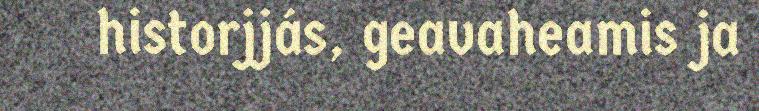
historjjás, geavaheamis ja